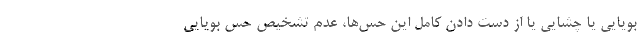
بویایی یا چشایی یا از دست دادن کامل این حس‌ها، عدم تشخیص حس بویایی